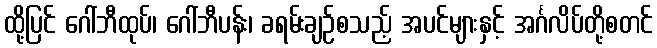
ထို့ပြင် ဂေါ်ဘီထုပ်၊ ဂေါ်ဘီပန်း၊ ခရမ်းချဉ်စသည့် အပင်များနှင့် အင်္ဂလိပ်တို့စတင်